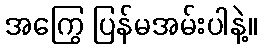
အကြွေ ပြန်မအမ်းပါနဲ့။